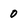
Character: 0